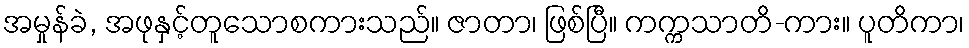
အမှုန်ခဲ, အဖုနှင့်တူသောစကားသည်။ ဇာတာ၊ ဖြစ်ပြီ။ ကက္ကသာတိ-ကား။ ပူတိကာ၊